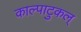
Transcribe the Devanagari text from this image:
काल्पाटुकल्